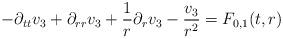
LaTeX: \begin{align*} -\partial_{tt}v_{3}+\partial_{rr}v_{3}+\frac{1}{r}\partial_{r}v_{3}-\frac{v_{3}}{r^{2}} = F_{0,1}(t,r)\end{align*}